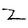
Character: Z